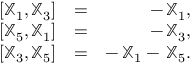
\begin{array} { r l r } { [ { \mathbb X } _ { 1 } , { \mathbb X } _ { 3 } ] } & { = } & { - \, { \mathbb X } _ { 1 } , } \\ { [ { \mathbb X } _ { 5 } , { \mathbb X } _ { 1 } ] } & { = } & { - \, { \mathbb X } _ { 3 } , } \\ { [ { \mathbb X } _ { 3 } , { \mathbb X } _ { 5 } ] } & { = } & { - \, { \mathbb X } _ { 1 } - \, { \mathbb X } _ { 5 } . } \end{array}